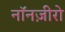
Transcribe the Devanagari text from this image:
नॉनज़ीरो